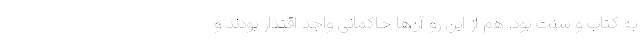
به کتاب و سنت بود. هم از این رو آن‌ها حاکمانی واجد اقتدار بودند و